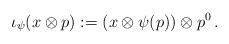
LaTeX: \begin{align*} \iota_\psi(x \otimes p) := (x\otimes \psi(p)) \otimes p^0\,. \end{align*}